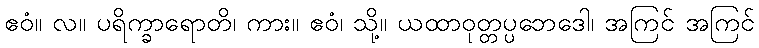
ဧဝံ။ လ။ ပရိက္ခာရောတိ၊ ကား။ ဧဝံ၊ သို့။ ယထာဝုတ္တပ္ပဘေဒေါ၊ အကြင် အကြင်